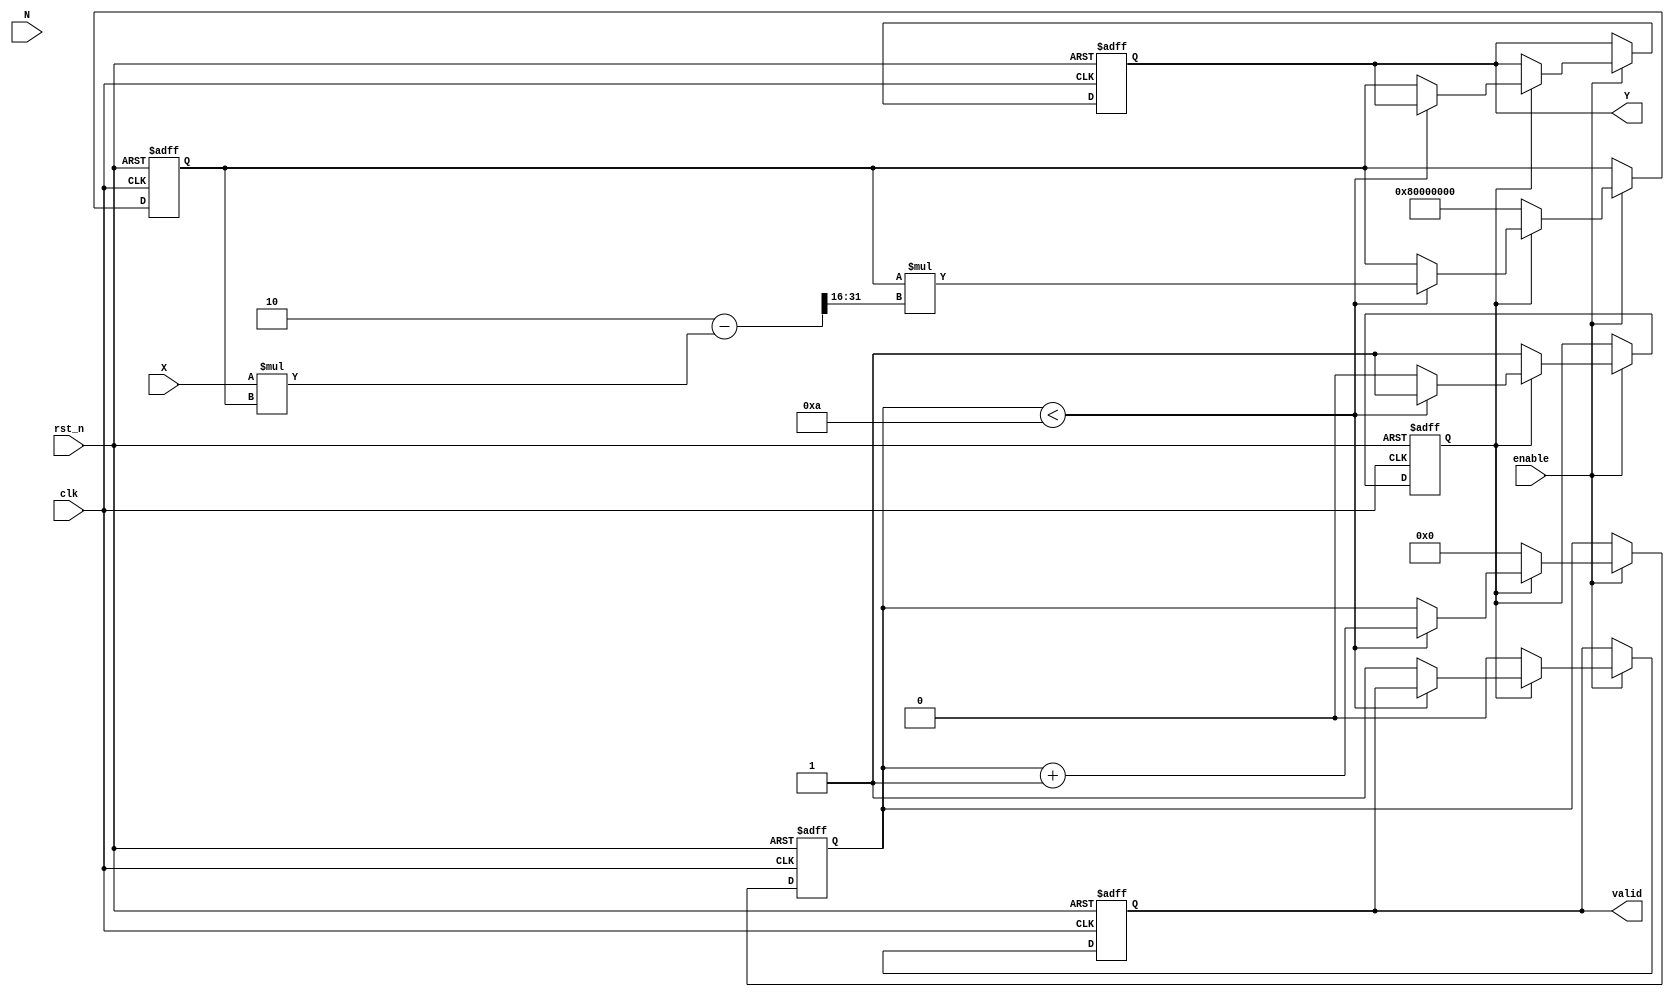
module FractionalOrderReciprocal (
    input wire clk,                 // Clock signal
    input wire rst_n,               // Asynchronous reset (active low)
    input wire enable,              // Enable signal for operation
    input wire [31:0] X,            // Input data (fixed-point or floating-point)
    input wire [15:0] N,            // Fractional order (fixed-point or integer)
    output reg [31:0] Y,            // Output data
    output reg valid                 // Output valid signal
);

// Internal parameters
parameter MAX_ITER = 10;          // Maximum iterations for Newton-Raphson
parameter FIXED_POINT_FRACTIONAL_BITS = 16; // Adjust based on your requirements

// Internal signals
reg [31:0] reciprocal_estimate;    // Current estimate of the reciprocal
reg [31:0] X_power_N;               // X raised to the power N
reg [3:0] iteration_count;          // Iteration counter
reg start_calculation;              // Start calculation flag

// State machine for processing
always @(posedge clk or negedge rst_n) begin
    if (!rst_n) begin
        Y <= 32'b0;
        valid <= 1'b0;
        reciprocal_estimate <= 32'b0;
        iteration_count <= 4'b0;
        start_calculation <= 1'b0;
    end else if (enable) begin
        if (start_calculation) begin
            if (iteration_count < MAX_ITER) begin
                // Newton-Raphson iteration: reciprocal_estimate = reciprocal_estimate * (2 - X * reciprocal_estimate)
                reciprocal_estimate <= reciprocal_estimate * (32'h2 - (X * reciprocal_estimate) >> FIXED_POINT_FRACTIONAL_BITS);
                iteration_count <= iteration_count + 1;
            end else begin
                // Calculation complete, compute the final output
                Y <= reciprocal_estimate;
                valid <= 1'b1;
                start_calculation <= 1'b0; // Reset for the next calculation
            end
        end else begin
            // Initialize for new calculation
            reciprocal_estimate <= 32'h80000000; // Initial guess (1/X)
            iteration_count <= 4'b0;
            start_calculation <= 1'b1;
            valid <= 1'b0; // Output not valid until computation is complete
        end
    end
end

endmodule